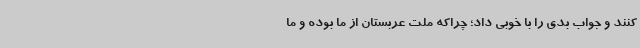
کنند و جواب بدی را با خوبی داد؛ چراکه ملت عربستان از ما بوده و ما